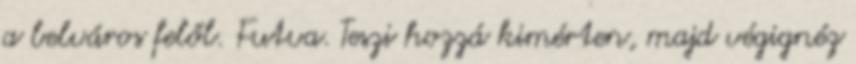
a belváros felől. Futva. Teszi hozzá kimérten, majd végignéz